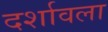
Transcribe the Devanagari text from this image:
दर्शावला